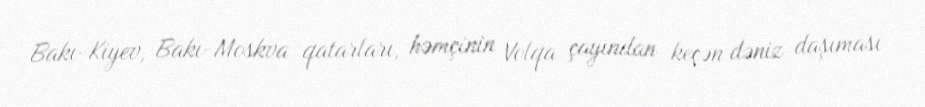
Bakı-Kiyev, Bakı-Moskva qatarları, həmçinin Volqa çayından keçən dəniz daşıması